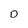
Character: D